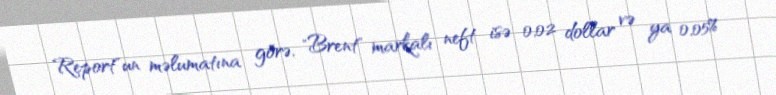
Report"un məlumatına görə, "Brent" markalı neft isə 0,02 dollar və ya 0,05%